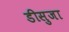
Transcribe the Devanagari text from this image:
डीसुजा